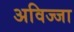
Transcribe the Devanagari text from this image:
अविज्जा